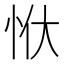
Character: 𭜠